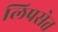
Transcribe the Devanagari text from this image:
लिपसेत